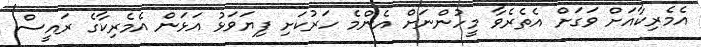
އެމެރިކާއަށް ވަގަށް އެތެރެވާ މީހުންނަށް އެންމެ ހަރުކަށި ފިޔަވަޅު އަޅަން އެމެރިކާގެ ރައީސް